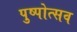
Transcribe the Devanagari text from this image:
पुष्पोत्सव